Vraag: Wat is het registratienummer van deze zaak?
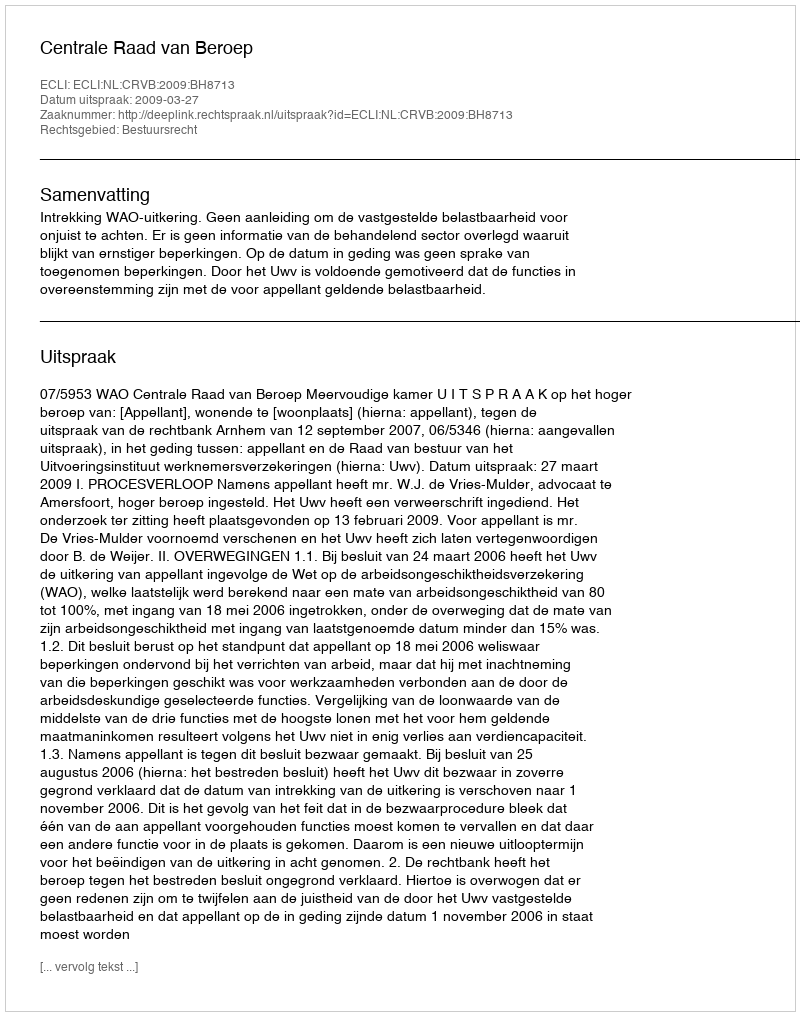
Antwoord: http://deeplink.rechtspraak.nl/uitspraak?id=ECLI:NL:CRVB:2009:BH8713